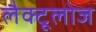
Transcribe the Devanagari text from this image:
लैक्टूलोज